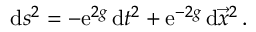
\mathrm { d } s ^ { 2 } = - \mathrm { e } ^ { 2 g } \, \mathrm { d } t ^ { 2 } + \mathrm { e } ^ { - 2 g } \, \mathrm { d } \vec { x } ^ { 2 } \, .